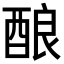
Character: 酿